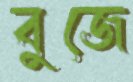
বুজে